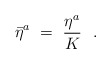
\begin{align*}{\bar{\eta}}^a\ =\ \frac{\eta^a}{K}\ \ .\end{align*}